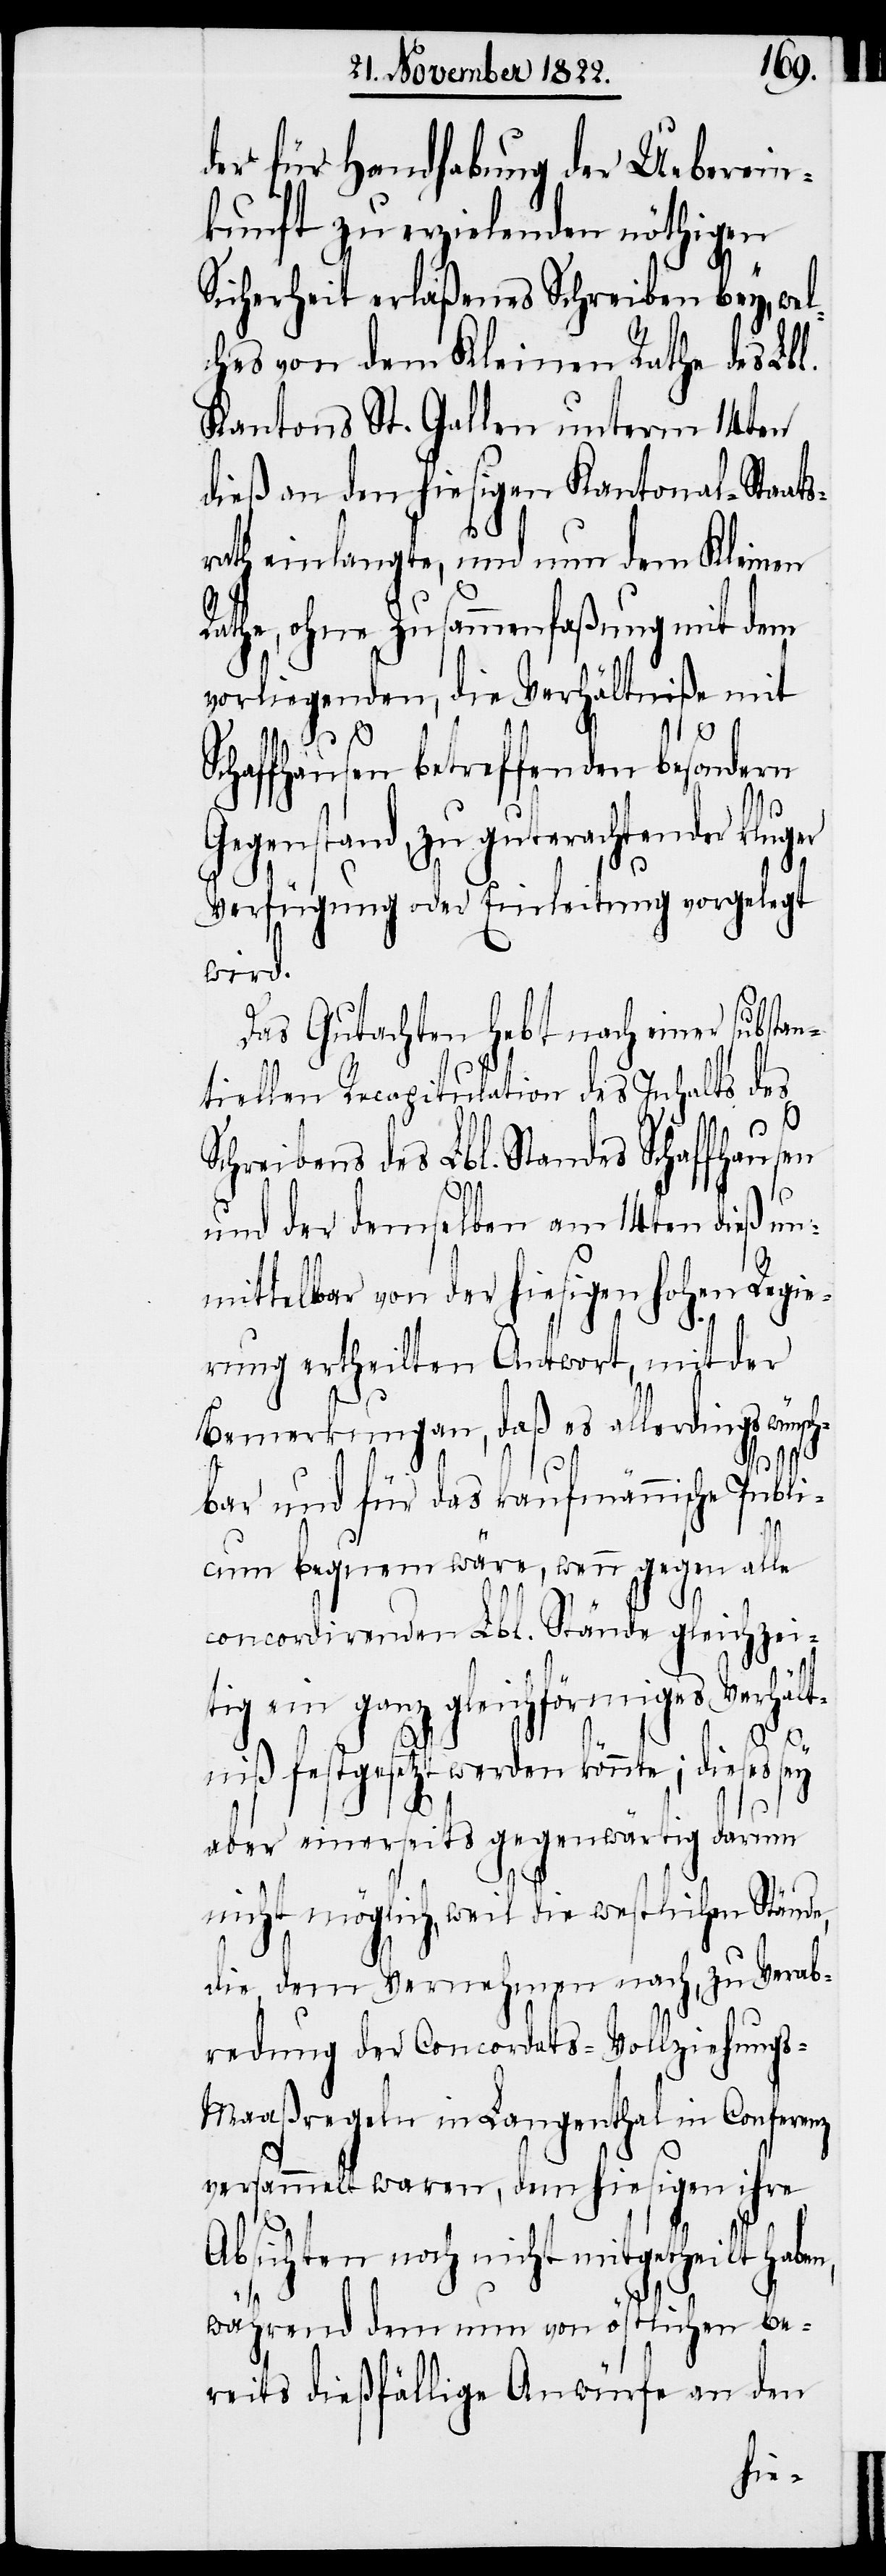
der für Handhabung der Ueberein¬
kunft zu erzielenden nöthigen
Sicherheit erlaßenes Schreiben bey, wel¬
ches von dem Kleinen Rathe des Lbl.
Kantons St. Gallen unterm 14ten
dieß an den hiesigen Kantonal-Staat¬
rath einlangte, und nun dem Kleinen
Rathe, ohne Zusammenfaßung mit dem
vorliegenden, die Verhältniße mit
wünsch¬
Schaffhausen betreffenden besondern
Gegenstand, zu guterachtender kluger
Verfügung oder Einleitung vorgelegt
wird.
Das Gutachten hebt nach einer substan¬
tiellen Recapitulation des Inhalts des
Schreibens des Lbl. Standes Schaffhausen
und der demselben am 14ten dieß un¬
mittelbar von der hiesigen hohen Regie¬
n,
rung ertheilten Antwort, mit der
Bemerkung an, daß es allerdings
bar und für das kaufmännische Publi¬
cum bequem wäre, wenn gegen alle
concordirenden Lbl. Stände gleichzei¬
tig ein ganz gleichförmiges Verhält¬
niß festgesetzt werden könnte; dieses sey
aber einerseits gegenwärtig darum
nicht möglich, weil die westlichen Stände,
die, dem Vernehmen nach, zu Verab¬
redung der Concordats-Vollziehung¬
s-Maaßregeln in Langenthal in Conferenz
versammelt waren, dem hiesigen ihre
Absichten noch nicht mitgetheilt habe¬
während dem nun von östlichen be¬
reits dießfällige Anwürfe an den